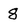
Character: 8